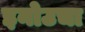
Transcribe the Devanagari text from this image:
इनोउचा